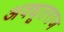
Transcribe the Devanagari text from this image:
अवधूतराज